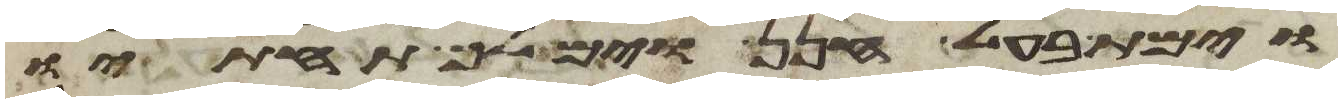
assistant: וימת בעל חנן וימלך תחתיו